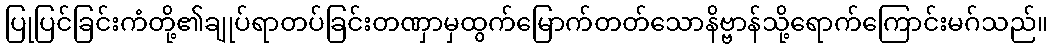
ပြုပြင်ခြင်းကံတို့၏ချုပ်ရာတပ်ခြင်းတဏှာမှထွက်မြောက်တတ်သောနိဗ္ဗာန်သို့ရောက်ကြောင်းမဂ်သည်။